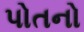
પોતનો